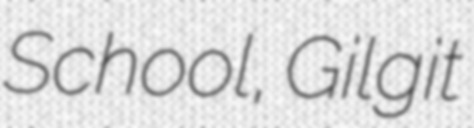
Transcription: School, Gilgit